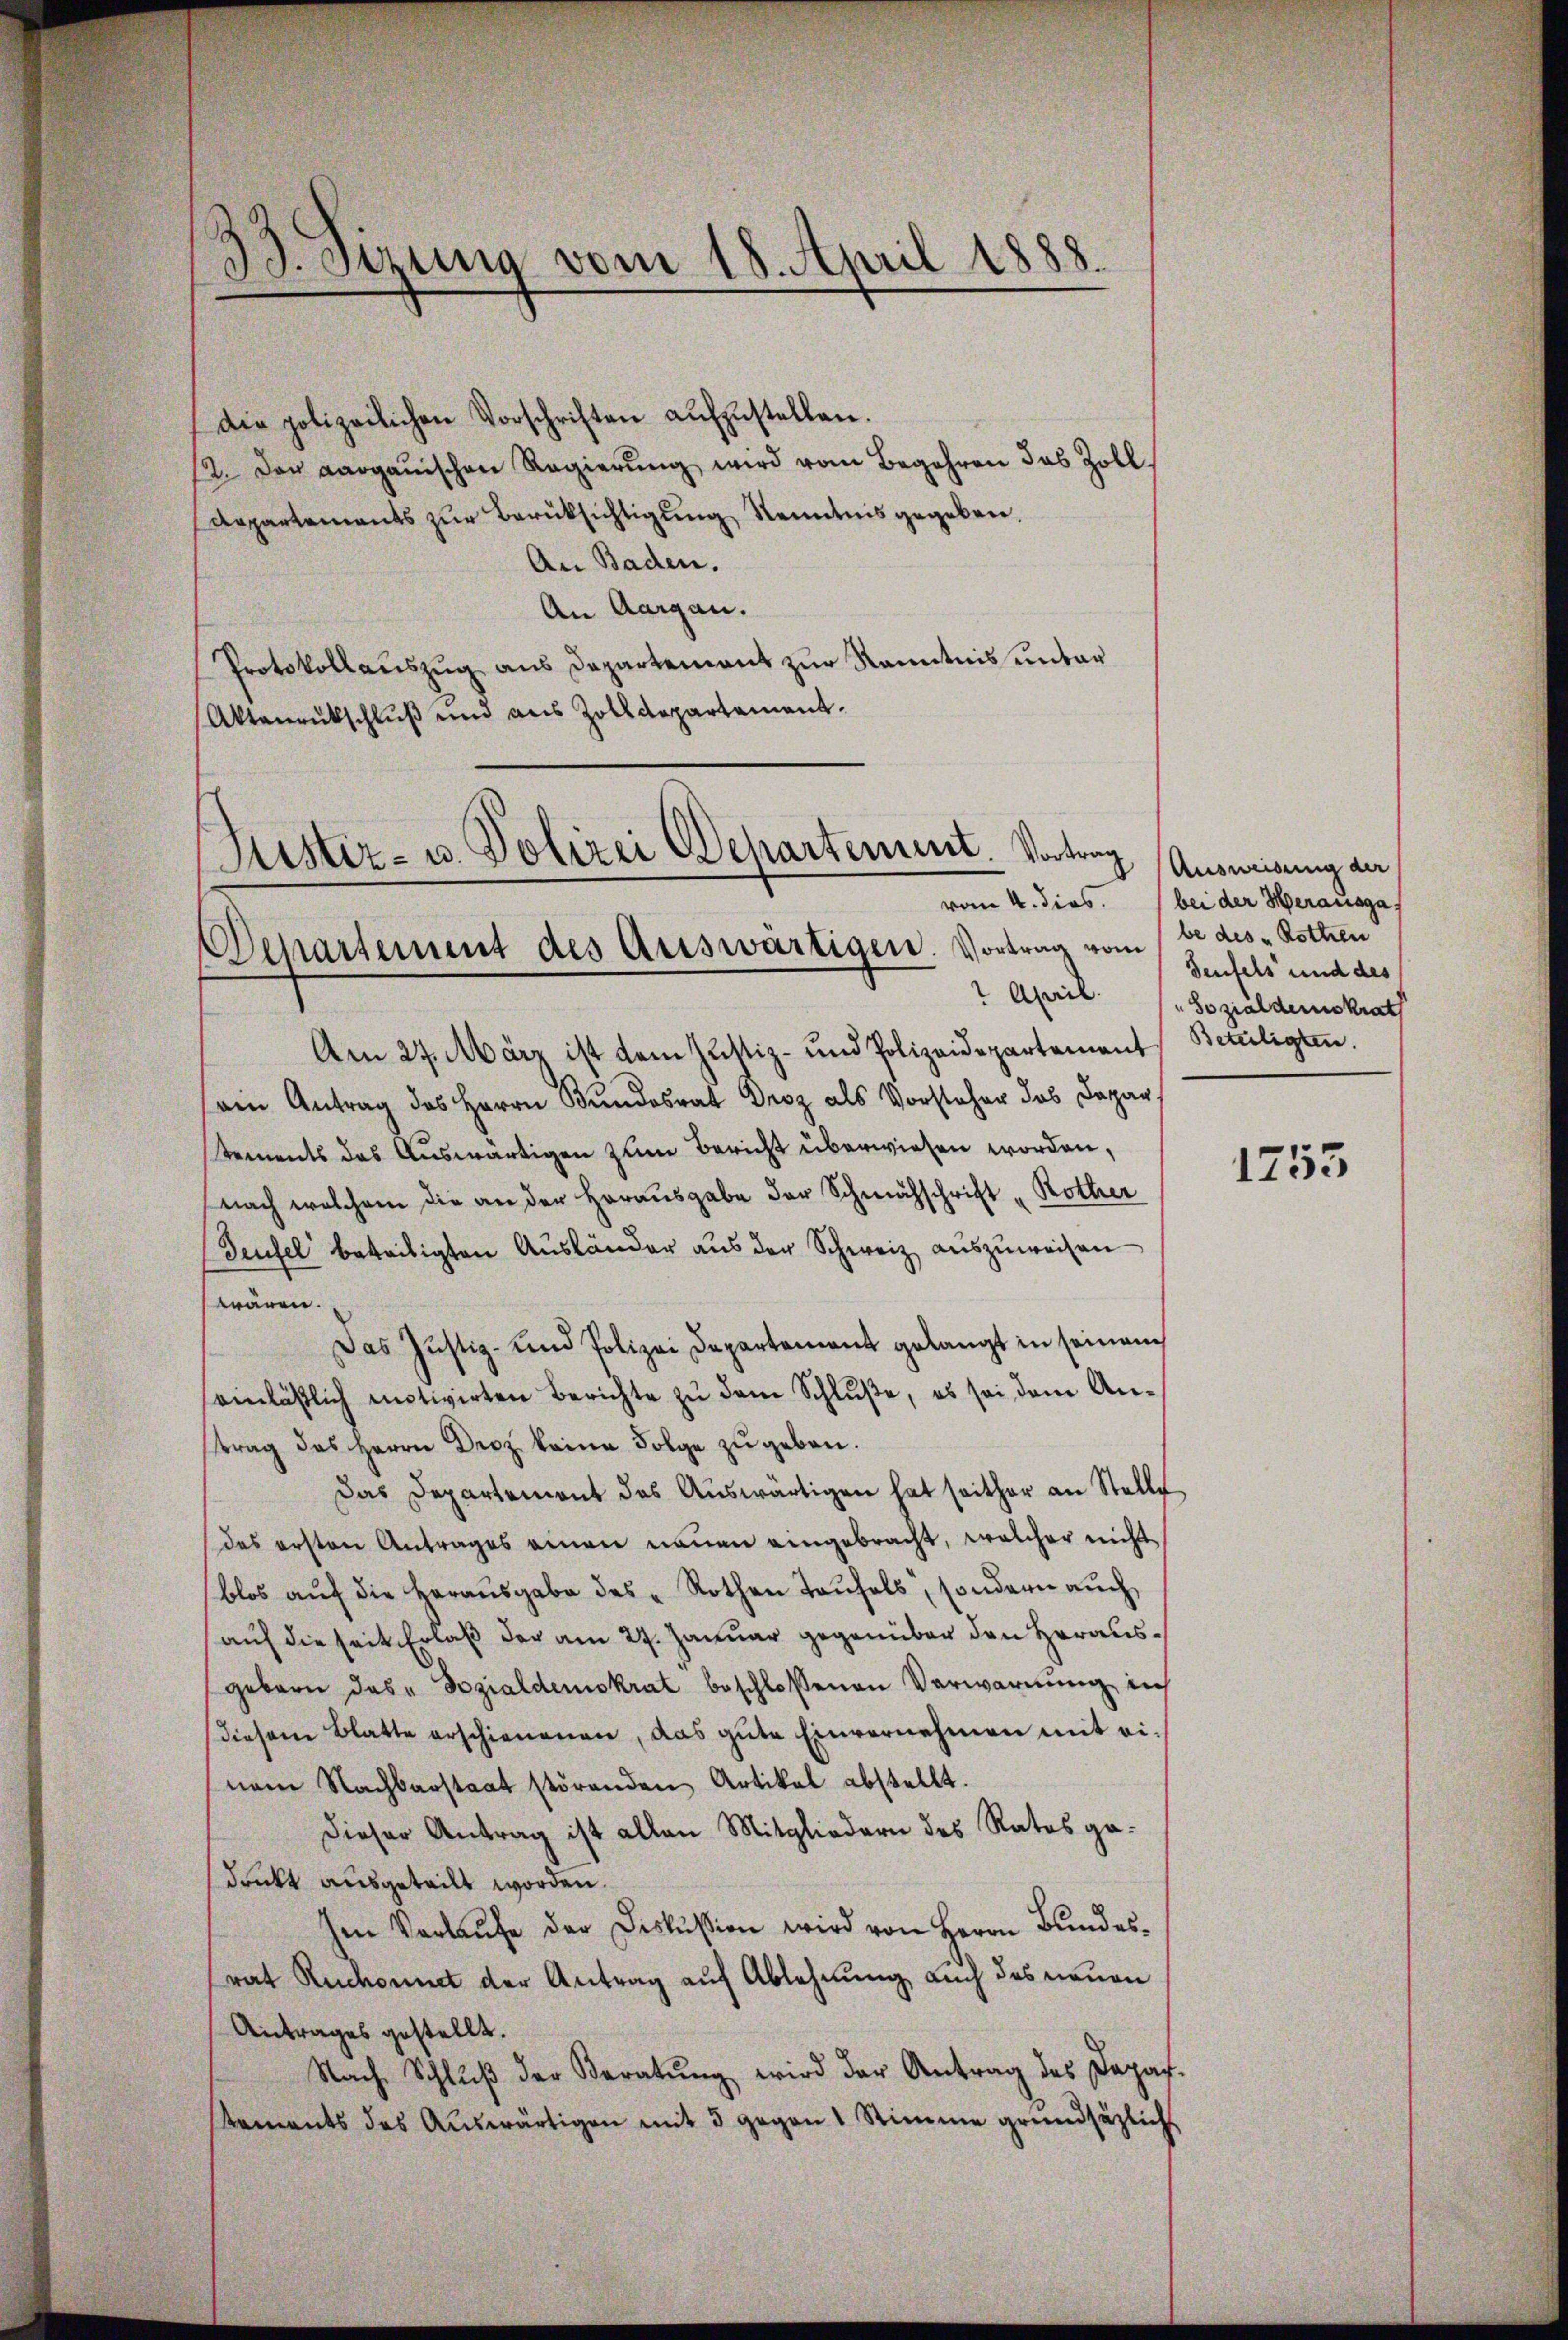
¬
do. Sezung vom 18. April 1888.
.

die polizeilichen Vorschriften aŭfzŭstellen.
12. Der aargauischen Regierŭng wird vom Begehren das Zoll
Aepartements zur Berüksichtigung Kenntnis gegeben.
An Baden.
An Aargau.
Protokollauszug aus Departement zur Kenntnis unter
Aktenrutschluß und aus Zolldepartement.

Justiz- u. Polizei Departement. Vortrag
Departement des Auswärtigen. Vortrag vom

Am 27. März ist dem Justiz- und Polizeidepartement Beteiligten.
sein Antrag des Herrn Bundesrat Droz als Vorsteher das Depar
tements das Auswärtigen zum Bericht überwiesen worden,
nach welchem die an der Herausgabe der Schwuchschrift „Rother
Teufel beteiligten Ausländer aus der Schweiz auszuweisen
wären.
Das Justiz- und Polizei Departement gelangt in seinem
einläßlich motivirten Berichte zu dem Schluße, es sei dem Anftrag des Herrn Droz keine Folge zu geben.
Das Departement des Auswärtigen hat seither an Stelle
das ersten Antrages einen neuen eingebracht, welcher nicht
blos auf die herausgabe des "Rothen Taufels, sondern auch
auf die seit Erlaß der am 27. Januar gegenüber den Herausgeborn das „Sozialdemokrat beschlossenen Verwarnung in
diesem Blatte erschienenen, das gute Einvernehmen mit einem Nachbarstaat störenden Artikel abstellt.
dieser Antrag ist allen Mitgliedern des Rates gedruckt ausgeteilt worden.
Ien Verlaufe der Diskussion wird von Herrn Bundesrat Ruchounct der Antrag auf Ablehnung auch des neuen
Antrages gestellt.
Nach Schlŭβ der Beratŭng wird der Antrag des Depar¬
Arments des Auswärtigen mit 5 gegen 1 Stimme grundsätzlichs

Ausweisung au
vom 4. dies. bei der Herausga
be des "Rothen
Teufels und des
1 April 1. Sozialdemokrat

1253